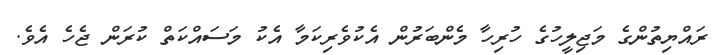
ރައްޔިތުންގެ މަޖިލީހުގެ ހުރިހާ މެންބަރުން އެކުވެރިކަމާ އެކު މަސައްކަތް ކުރަން ޖެހެ އެވެ.